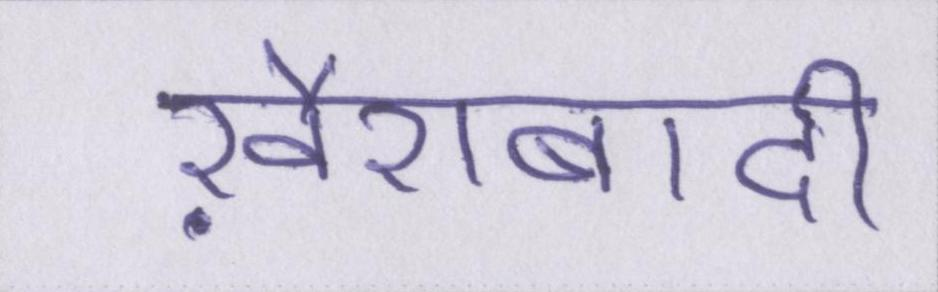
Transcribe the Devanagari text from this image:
ख़ैराबादी